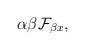
\begin{align*}{\alpha\beta}\mathcal{F}_{\beta x},\end{align*}